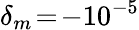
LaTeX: \delta_{m}\! =\! -10^{-5}